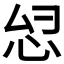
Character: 𫹹